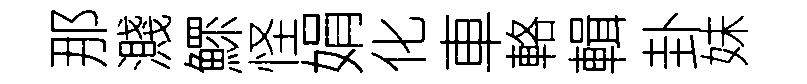
那濺鰥怪娟化車輅輯卦妹